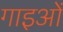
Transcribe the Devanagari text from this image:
गाइओं